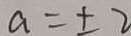
a = \pm 2